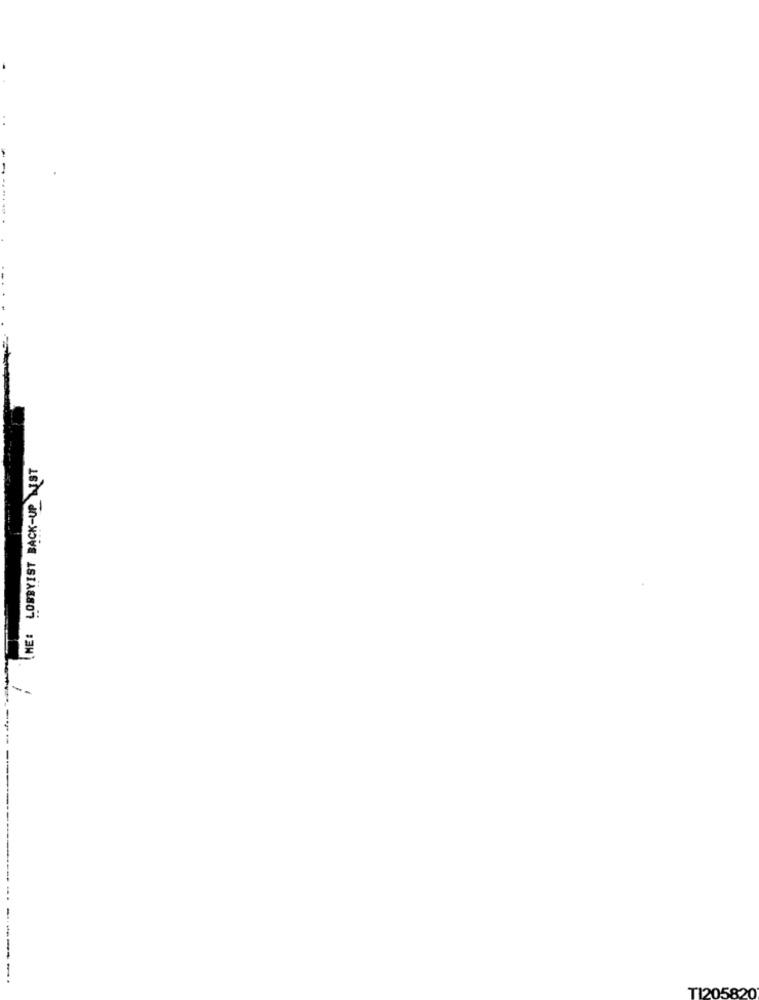
ME: LOBBYIST BACK-UP JUST
------------
TI205820